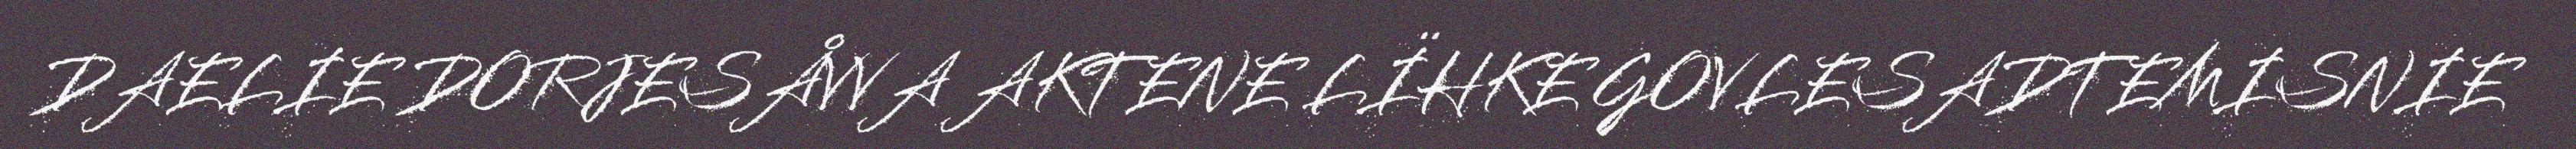
DAELIE DORJESÅVVA AKTENE LÏHKE GOVLESADTEMISNIE